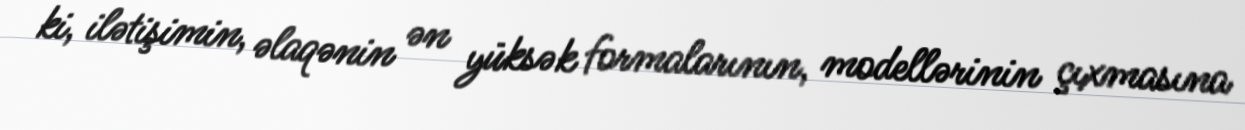
ki, ilətişimin, əlaqənin ən yüksək formalarının, modellərinin çıxmasına